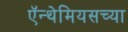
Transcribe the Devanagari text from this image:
ऍन्थेमियसच्या